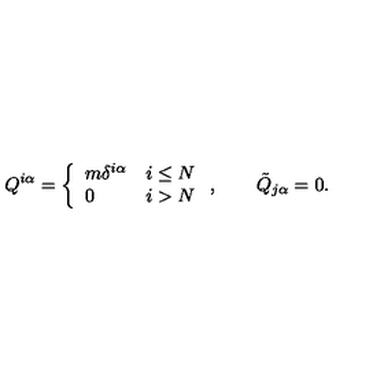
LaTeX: Q ^ { i \alpha } = \left\{ \begin{array} { l l } { m \delta ^ { i \alpha } } & { i \le N } \\ { 0 } & { i > N } \\ \end{array} \right. , \qquad \tilde { Q } _ { j \alpha } = 0 .